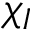
\chi _ { I }